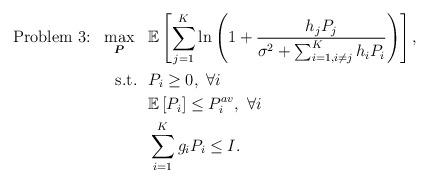
LaTeX: \begin{align*}\mbox{Problem 3:}~~\max_{\boldsymbol{P}}~~&\mathbb{E}\left[\sum_{j=1}^K \ln\left(1+\frac{h_{j}P_j}{\sigma^2+\sum_{i=1,i\neq j}^K h_{i}P_i}\right)\right],\\\mbox{s.t.}~~ &P_i\ge 0, ~\forall i\\&\mathbb{E}\left[P_i\right] \le P_i^{av},~\forall i\\&\sum_{i=1}^K g_iP_i\le I.\end{align*}